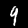
Label: 9